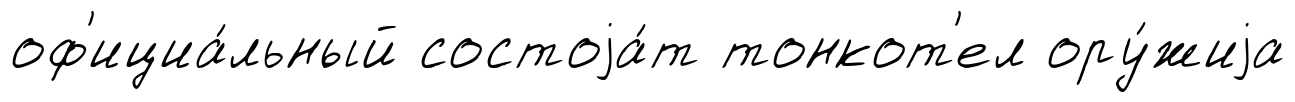
оф'ициа́льный состоjа́т тонкот'ел ору́жиjа